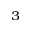
^ 3